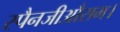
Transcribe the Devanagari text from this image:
स्पैनजीऔसम।